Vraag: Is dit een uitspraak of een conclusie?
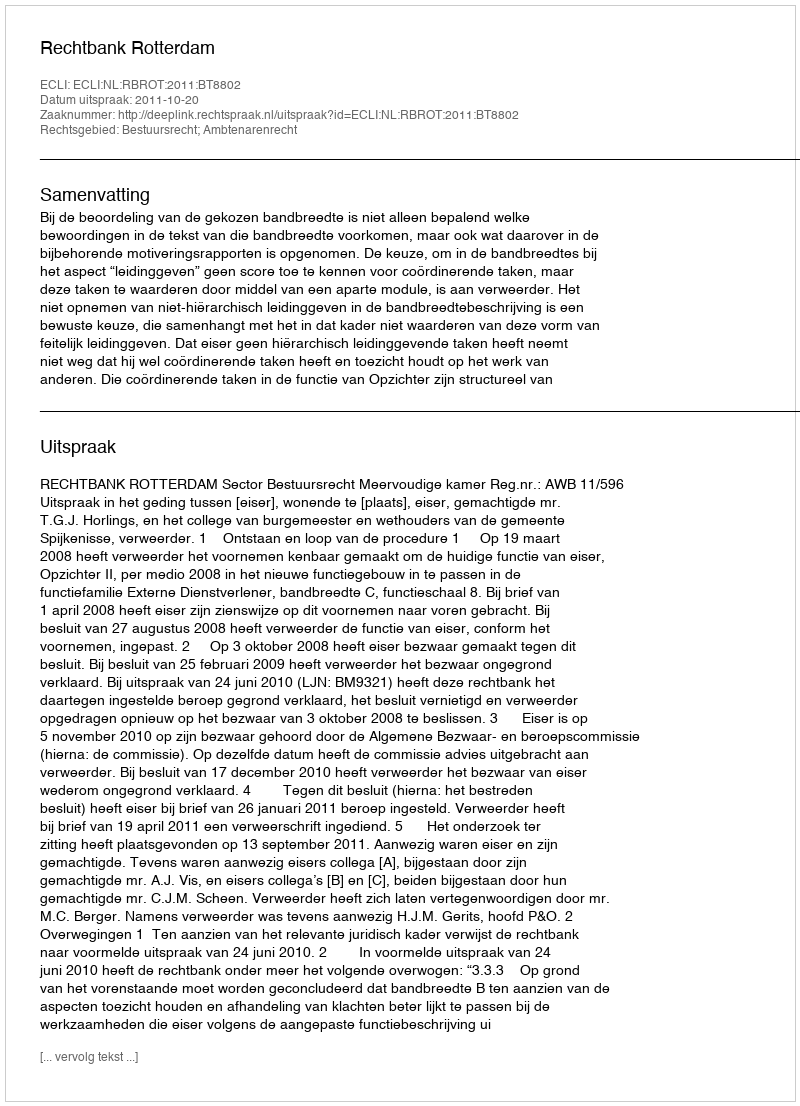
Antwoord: Uitspraak